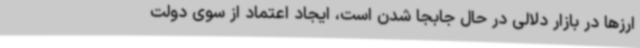
ارزها در بازار دلالی در حال جابجا شدن است، ایجاد اعتماد از سوی دولت